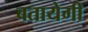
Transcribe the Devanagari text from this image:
बतायेगी